Annual administration report of the Civil Veterinary Department of India - 1897-1898
Year: 1897
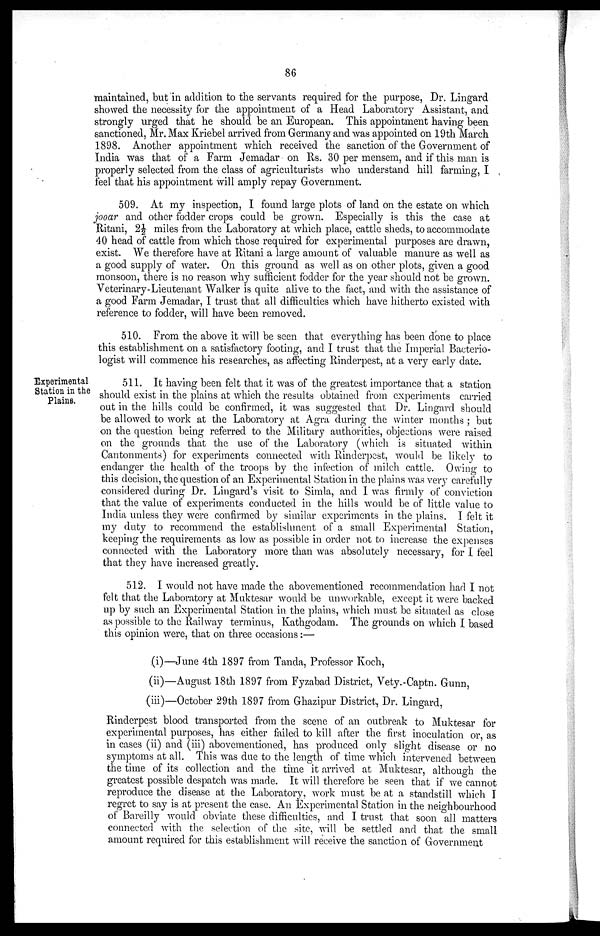
86
maintained, but in addition to the servants required for the purpose, Dr. Lingard
showed the necessity for the appointment of a Head Laboratory Assistant, and
strongly urged that he should be an European. This appointment having been
sanctioned, Mr. Max Kriebel arrived from Germany and was appointed on 19th March
1898. Another appointment which received the sanction of the Government of
India was that of a Farm Jemadar on Rs. 30 per mensem, and if this man is
properly selected from the class of agriculturists who understand hill farming, I
feel that his appointment will amply repay Government.
509. At my inspection, I found large plots of land on the estate on which
jooar and other fodder crops could be grown. Especially is this the case at
Ritani, 2½ miles from the Laboratory at which place, cattle sheds, to accommodate
40 head of cattle from which those required for experimental purposes are drawn,
exist. We therefore have at Ritani a large amount of valuable manure as well as
a good supply of water. On this ground as well as on other plots, given a good
monsoon, there is no reason why sufficient fodder for the year should not be grown.
Veterinary-Lieutenant Walker is quite alive to the fact, and with the assistance of
a good Farm Jemadar, I trust that all difficulties which have hitherto existed with
reference to fodder, will have been removed.
510. From the above it will be seen that everything has been done to place
this establishment on a satisfactory footing, and I trust that the Imperial Bacterio-
logist will commence his researches, as affecting Rinderpest, at a very early date.
Experimental
Station in the
Plains.
511. It having been felt that it was of the greatest importance that a station
should exist in the plains at which the results obtained from experiments carried
out in the hills could be confirmed, it was suggested that Dr. Lingard should
be allowed to work at the Laboratory at Agra during the winter months; but
on the question being referred to the Military authorities, objections were raised
on the grounds that the use of the Laboratory (which is situated within
Cantonments) for experiments connected with Rinderpest, would be likely to
endanger the health of the troops by the infection of milch cattle. Owing to
this decision, the question of an Experimental Station in the plains was very carefully
considered during Dr. Lingard's visit to Simla, and I was firmly of conviction
that the value of experiments conducted in the hills would be of little value to
India unless they were confirmed by similar experiments in the plains. I felt it
my duty to recommend the establishment of a small Experimental Station,
keeping the requirements as low as possible in order not to increase the expenses
connected with the Laboratory more than was absolutely necessary, for I feel
that they have increased greatly.
512. I would not have made the abovementioned recommendation had I not
felt that the Laboratory at Muktesar would be unworkable, except it were backed
up by such an Experimental Station in the plains, which must be situated as close
as possible to the Railway terminus, Kathgodam. The grounds on which I based
this opinion were, that on three occasions:—
(i)—June 4th 1897 from Tanda, Professor Koch,
(ii)—August 18th 1897 from Fyzabad District, Vety.-Captn. Gunn,
(iii)—October 29th 1897 from Ghazipur District, Dr. Lingard,
Rinderpest blood transported from the scene of an outbreak to Muktesar for
experimental purposes, has either failed to kill after the first inoculation or, as
in cases (ii) and (iii) abovementioned, has produced only slight disease or no
symptoms at all. This was due to the length of time which intervened between
the time of its collection and the time it arrived at Muktesar, although the
greatest possible despatch was made. It will therefore be seen that if we cannot
reproduce the disease at the Laboratory, work must be at a standstill which I
regret to say is at present the case. An Experimental Station in the neighbourhood
of Bareilly would obviate these difficulties, and I trust that soon all matters
connected with the selection of the site, will be settled and that the small
amount required for this establishment will receive the sanction of Government